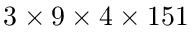
3 \times 9 \times 4 \times 1 5 1